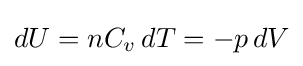
dU=nC_{v}\,dT=-p\,dV